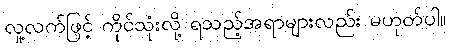
လူ့လက်ဖြင့် ကိုင်သုံးလို့ ရသည့်အရာများလည်း မဟုတ်ပါ။